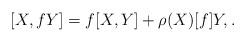
LaTeX: \begin{gather*} [ X, f Y ] = f [X, Y] + \rho (X) [f] Y, . \end{gather*}